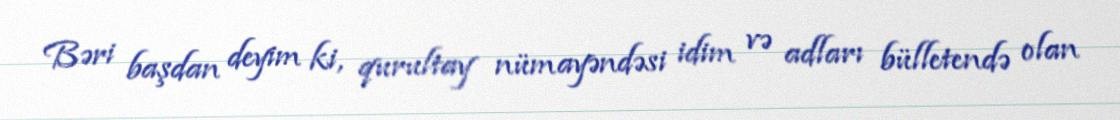
Bəri başdan deyim ki, qurultay nümayəndəsi idim və adları bülletendə olan